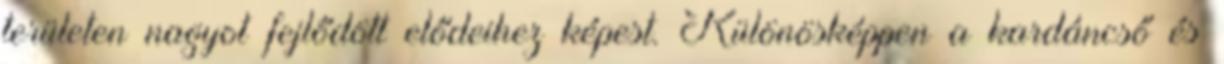
területen nagyot fejlődött elődeihez képest. Különösképpen a kardáncső és